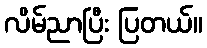
လိမ်ညာပြီး ပြတယ်။